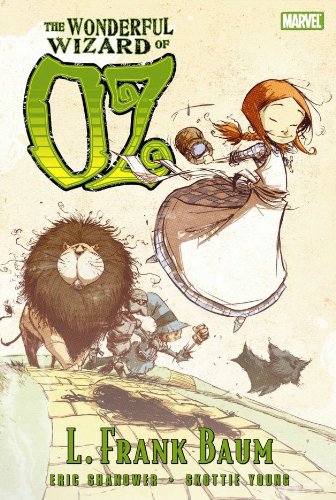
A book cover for The Wonderful Wizard of Oz (Marvel Classics); Eric Shanower; Comics & Graphic Novels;